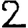
Digit: 2